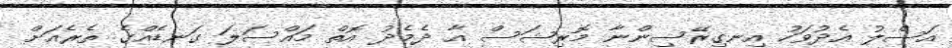
އަސްލު އެދުވަހު އިނގިރޭސިންނާ މޮރިޝަސް އާ ދެމެދު އޮތް މައްސަލަ ގަނޑެއްގެ ތެރެއަށް